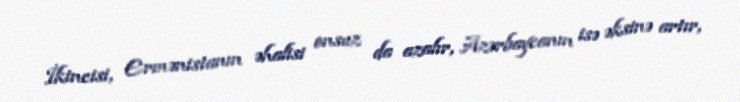
İkincisi, Ermənistanın əhalisi onsuz da azalır, Azərbaycanın isə əksinə artır,